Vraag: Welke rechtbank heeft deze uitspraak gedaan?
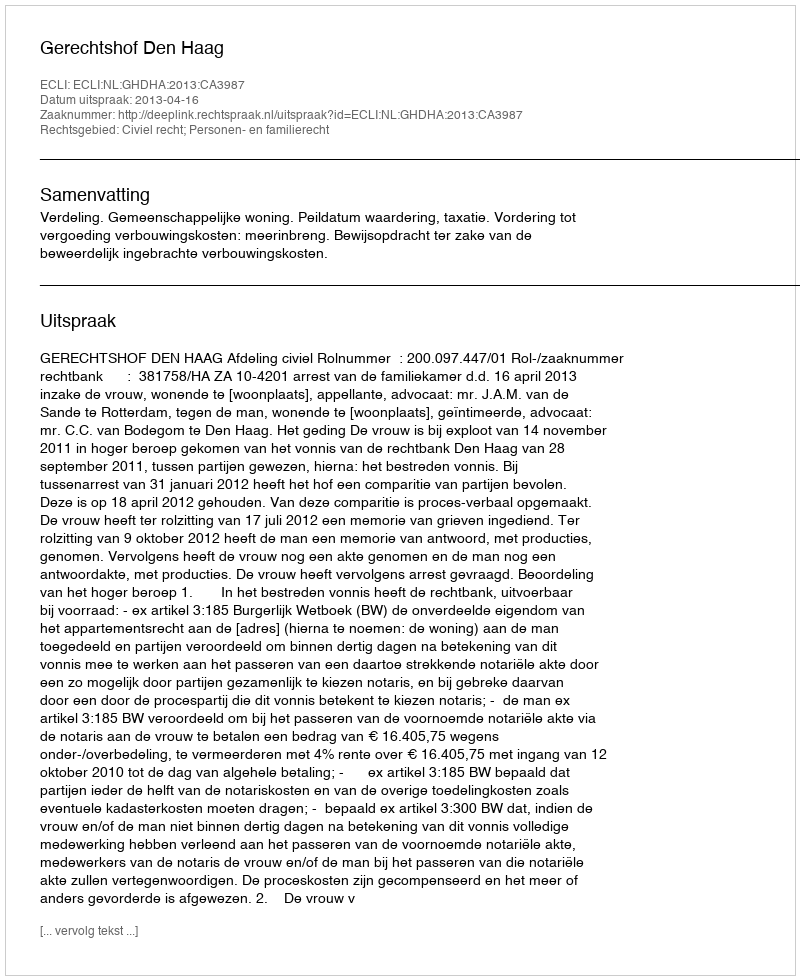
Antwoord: Gerechtshof Den Haag